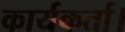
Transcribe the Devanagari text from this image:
कार्यकर्ता।